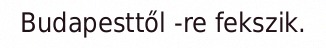
Budapesttől -re fekszik.